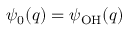
\psi _ { 0 } ( q ) = \psi _ { \mathrm { O H } } ( q )